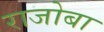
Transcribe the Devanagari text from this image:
राजोबा